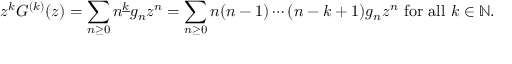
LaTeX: z ^ { k } G ^ { ( k ) } ( z ) = \sum _ { n \geq 0 } n ^ { \underline { { k } } } g _ { n } z ^ { n } = \sum _ { n \geq 0 } n ( n - 1 ) \dotsb ( n - k + 1 ) g _ { n } z ^ { n } { \mathrm { ~ f o r ~ a l l ~ } } k \in \mathbb { N } .